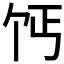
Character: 𫡔